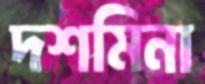
দশমিনা